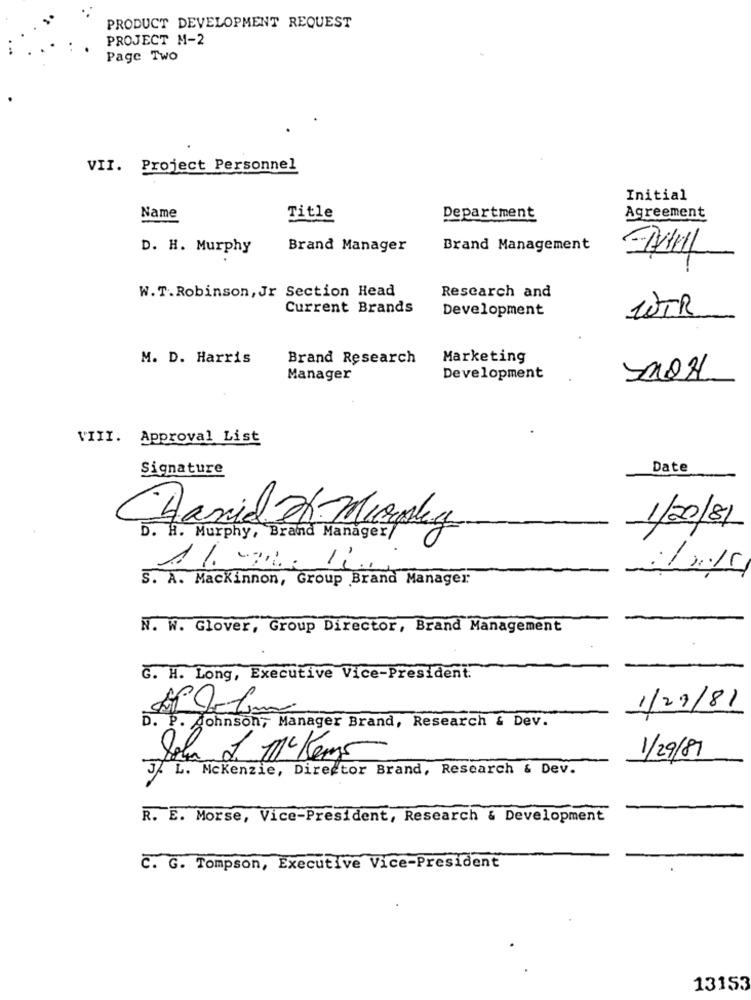
PRODUCT DEVELOPMENT REQUEST
PROJECT M-2
Page Two
VII. Project Personnel
Initial
Name
Title
Department
Agreement
D. H. Murphy
Brand Manager
Brand Management
W.T.Robinson, Jr Section Head
Research and
Current Brands
Development
WTR
M. D. Harris
Brand Research
Marketing
Manager
Development
VIII. Approval List
Signature
Date
David H Murphy
1/20/81
D. H. Murphy, Brand Manager/
-
S. A. Mackinnon, Group Brand Manager
N. W. Glover, Group Director, Brand Management
G. H. Long, Executive Vice-President.
1/29/81
D. P. Johnson, Manager Brand, Research & Dev.
1/29/81
J. L. Mckenzie, Director Brand, Research & Dev.
R. E. Morse, Vice-President, Research & Development
C. G. Tompson, Executive Vice-President
13153